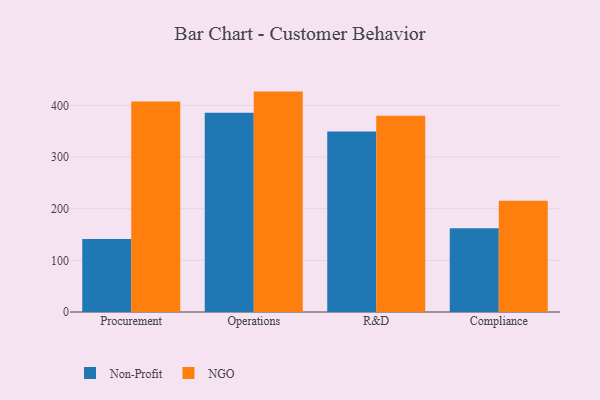
{"axis": {"x": "Department", "y": "Market Share (%)"}, "legend": ["NGO", "Non-Profit"], "data": [{"x": "Procurement", "y": 141.2, "type": "Non-Profit"}, {"x": "Procurement", "y": 407.4, "type": "NGO"}, {"x": "Operations", "y": 385.9, "type": "Non-Profit"}, {"x": "Operations", "y": 426.7, "type": "NGO"}, {"x": "R&D", "y": 349.5, "type": "Non-Profit"}, {"x": "R&D", "y": 379.8, "type": "NGO"}, {"x": "Compliance", "y": 162.0, "type": "Non-Profit"}, {"x": "Compliance", "y": 215.6, "type": "NGO"}]}